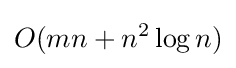
O(mn+n^{2}\log n)